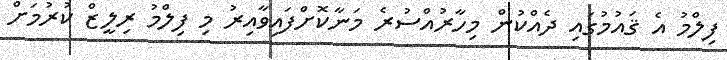
ފިލްމު އެ ޤައުމުގައި ދެއްކުން މިހާރުއްސުރެ މަނާކޮށްފައިވާއިރު މި ފިލްމު ރިލީޒް ކުރުމަށް